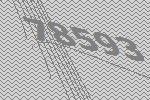
78593